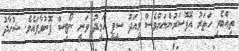
ތިއްބެވި ހަތަރު އޮފޮސަރުންނަށްވެސް މިއަދު ސީޕީ ހަމީދު ވަނީ ނޯޓިސް ފޮނުވާފައެވެ. ޝުހާދު